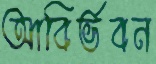
আবির্ভবন